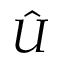
\hat { U }